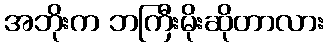
အဘိုးက ဘကြီးမိုးဆိုတာလား